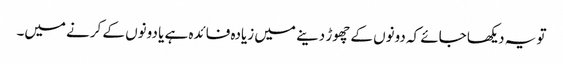
تو یہ دیکھا جائے کہ دونوں کے چھوڑ دینے میں زیادہ فائدہ ہے یا دونوں کے کرنے میں۔